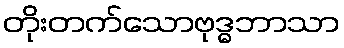
တိုးတက်သောဗုဒ္ဓဘာသာ